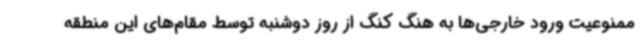
ممنوعیت ورود خارجی‌ها به هنگ کنگ از روز دوشنبه توسط مقام‌های این منطقه